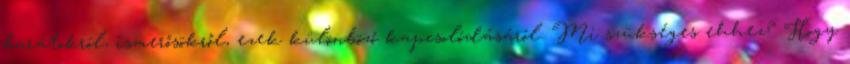
barátokról, ismerősökről, ezek különböző kapcsolódásáról. Mi szükséges ehhez? Hogy